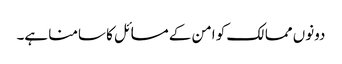
دونوں ممالک کو امن کے مسائل کا سامنا ہے۔